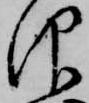
仰